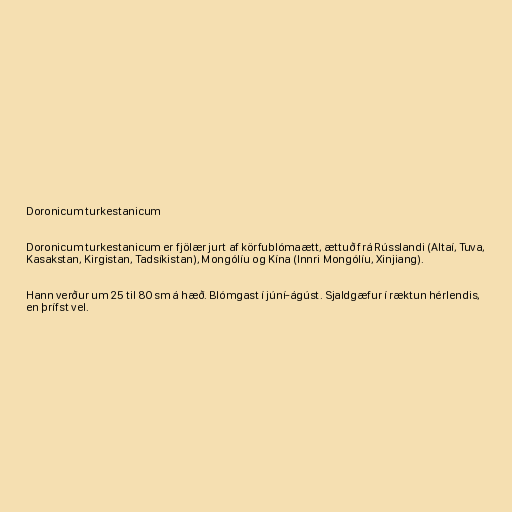
Doronicum turkestanicum

Doronicum turkestanicum er fjölær jurt af körfublómaætt, ættuð frá Rússlandi (Altaí, Tuva,
Kasakstan, Kirgistan, Tadsíkistan), Mongólíu og Kína (Innri Mongólíu, Xinjiang).

Hann verður um 25 til 80 sm á hæð. Blómgast í júní-ágúst. Sjaldgæfur í ræktun hérlendis,
en þrífst vel.